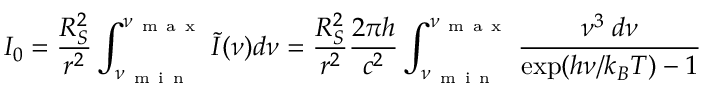
I _ { 0 } = \frac { R _ { S } ^ { 2 } } { r ^ { 2 } } \int _ { \nu _ { \mathrm { ~ m ~ i ~ n ~ } } } ^ { \nu _ { \mathrm { ~ m ~ a ~ x ~ } } } \tilde { I } ( \nu ) d \nu = \frac { R _ { S } ^ { 2 } } { r ^ { 2 } } \frac { 2 \pi h } { c ^ { 2 } } \int _ { \nu _ { \mathrm { ~ m ~ i ~ n ~ } } } ^ { \nu _ { \mathrm { ~ m ~ a ~ x ~ } } } \frac { \nu ^ { 3 } \; d \nu } { \exp ( h \nu / k _ { B } T ) - 1 }